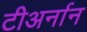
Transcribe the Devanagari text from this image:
टीअर्नान